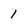
Character: 1